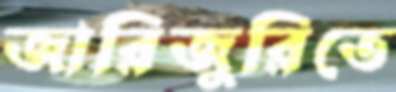
জারিজুরিতে